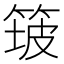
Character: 𱸅